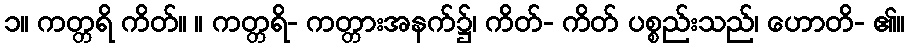
၁။ ကတ္တရိ ကိတ်။ ။ ကတ္တရိ- ကတ္တားအနက်၌၊ ကိတ်- ကိတ် ပစ္စည်းသည်၊ ဟောတိ- ၏။